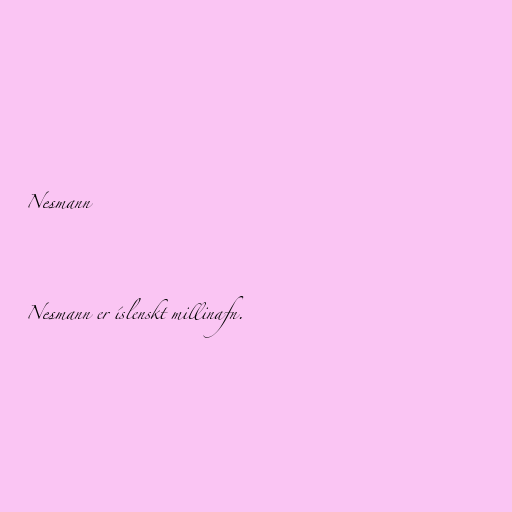
Nesmann

Nesmann er íslenskt millinafn.